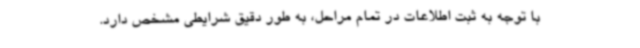
با توجه به ثبت اطلاعات در تمام مراحل، به طور دقیق شرایطی مشخص دارد.